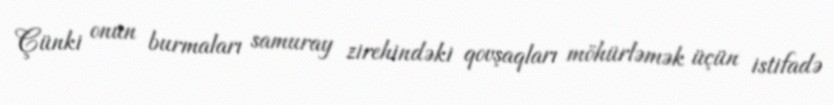
Çünki onun burmaları samuray zirehindəki qovşaqları möhürləmək üçün istifadə